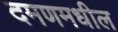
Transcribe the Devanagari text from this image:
दमणमधील